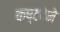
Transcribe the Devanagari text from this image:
कष्टदेने